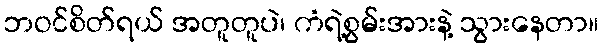
ဘဝင်စိတ်ရယ် အတူတူပဲ၊ ကံရဲ့စွမ်းအားနဲ့ သွားနေတာ။